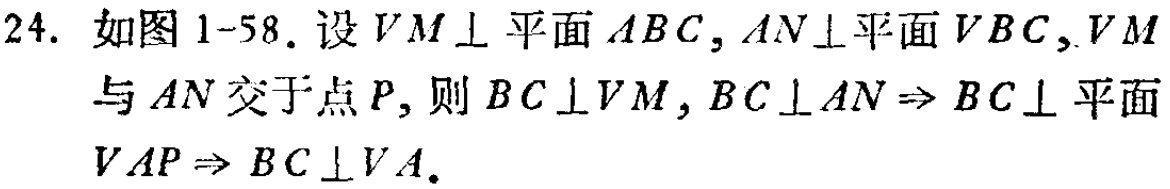
24. 如图1-58. 设 \(VM\perp\)平面 \(ABC\)，\(AN\perp\)平面 \(VBC\)，\(VM\)与 \(AN\)交于点 \(P\)，则 \(BC\perp VM\)，\(BC\perp AN\Rightarrow BC\perp\)平面 \(VAP\Rightarrow BC\perp VA\).